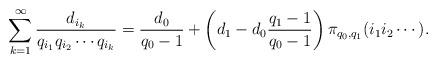
LaTeX: \begin{align*} \sum_{k=1}^\infty \frac{d_{i_k}}{q_{i_1}q_{i_2}\cdots q_{i_k}} = \frac{d_0}{q_0-1} + \bigg(d_1-d_0\frac{q_1-1}{q_0-1}\bigg)\, \pi_{q_0,q_1}(i_1i_2\cdots).\end{align*}